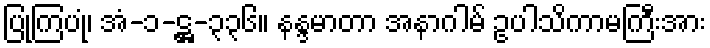
ပြုကြပုံ၊ အံ-၁-ဋ္ဌ-၃၃၆။ နန္ဒမာတာ အနာဂါမ် ဥပါသိကာမကြီးအား